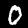
Digit: 0